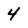
Character: 4